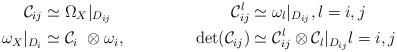
LaTeX: \begin{align*} \mathcal{C}_{ij} &\simeq \Omega_{X}|_{D_{ij}}&\mathcal{C}_{ij}^l &\simeq \omega_l|_{D_{ij}}, l=i,j \\\omega_X|_{D_i} &\simeq \mathcal{C}_i\ \otimes \omega_i,&\det(\mathcal{C}_{ij}) &\simeq \mathcal{C}_{ij}^l \otimes \mathcal{C}_l|_{D_{ij}} l=i,j\end{align*}